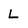
Character: L